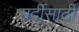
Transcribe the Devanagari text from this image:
सर्दीसाठी